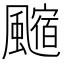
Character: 𩘰